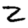
Digit: 2